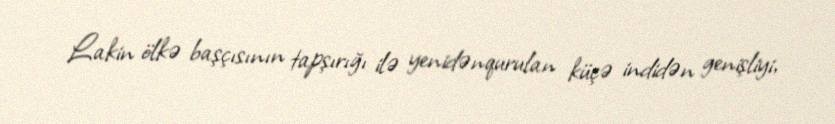
Lakin ölkə başçısının tapşırığı ilə yenidənqurulan küçə indidən genişliyi,